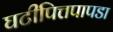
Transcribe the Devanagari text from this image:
घटीपित्तपापडा